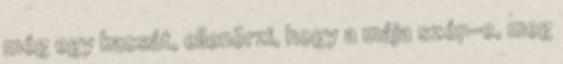
még egy kacsát, ellenõrzi, hogy a mája szép-e, meg